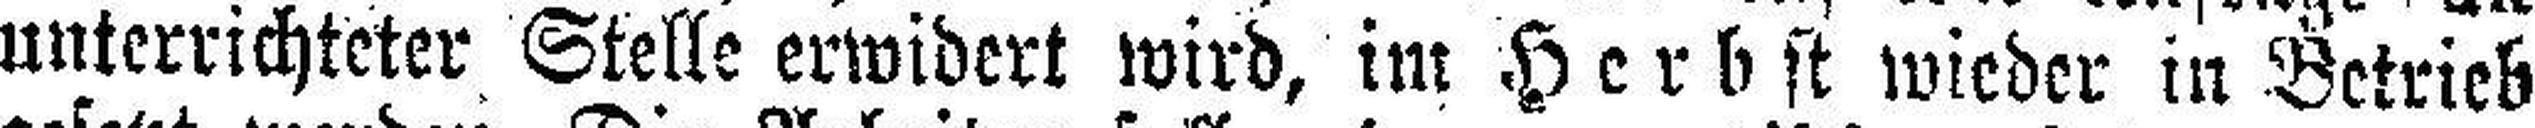
unterrichteter Stelle erwidert wird, im Herbst wieder in Betrieb